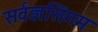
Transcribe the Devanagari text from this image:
सर्वज्ञसिंगम